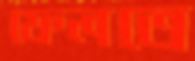
ফেলতে